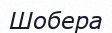
Шобера